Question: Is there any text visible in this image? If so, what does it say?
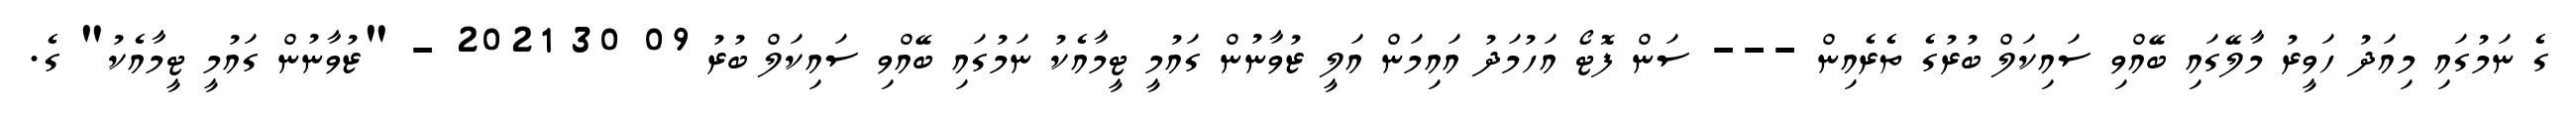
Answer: ގެ ނަމުގައި މިއަދު ހަވީރު މާލޭގައި ބޭއްވި ސައިކަލް ބުރުގެ ތެރެއިން --- ސަން ފޮޓޯ އަހުމަދު އައިމަން އަލީ ޒުވާނުން ގައުމީ ޓީމާއެކު ނަމުގައި ބޭއްވި ސައިކަލް ބުރު 09 30 2021 - "ޒުވާނުން ގައުމީ ޓީމާއެކު" ގެ.